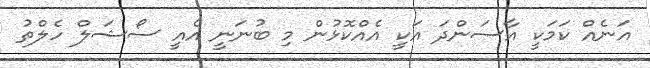
އަނެއް ކަމަކީ އާސަންދަ އަކީ އެއްކޮޅުން މި ބުނަނީ އެއީ ސޯޝަލް ހެލްތު